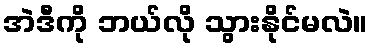
အဲဒီကို ဘယ်လို သွားနိုင်မလဲ။